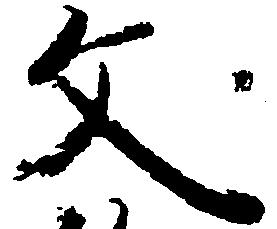
文